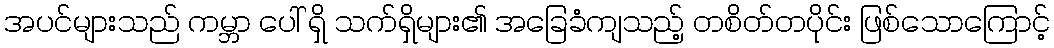
အပင်များသည် ကမ္ဘာ ပေါ် ရှိ သက်ရှိများ၏ အခြေခံကျသည့် တစိတ်တပိုင်း ဖြစ်သောကြောင့်